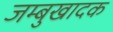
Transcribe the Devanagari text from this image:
जम्बुखादक